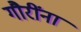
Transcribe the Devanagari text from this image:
गौरींना